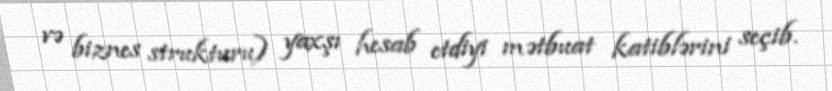
və biznes strukturu) yaxşı hesab etdiyi mətbuat katiblərini seçib.